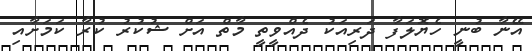
އޭނާ ބުނީ ހެޔޮލަފާ ދަރިއަކު ދެއްވީތީ މާތް އަށް ޝުކުރު ކުރާ ކަމަށާއި